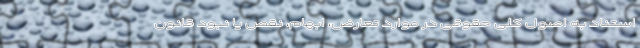
استناد به اصول کلی حقوقی در موارد تعارض، ابهام، نقص یا نبود قانون